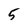
Character: 5